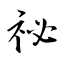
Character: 祕